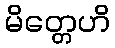
မိတ္တေဟိ